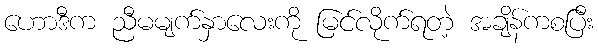
ဟောဒီက ညီမမျက်နှာလေးကို မြင်လိုက်ရတဲ့ အချိန်ကစပြီး